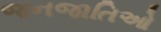
જનજાતિઓ